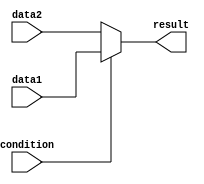
module if_else_with_ternary (
    input wire condition,
    input wire data1,
    input wire data2,
    output reg result
);

always @(condition, data1, data2)
begin
    // if-else statement with ternary operator
    result = condition ? data1 : data2;
end

endmodule